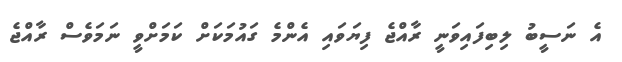
އެ ނަސީބު ލިބިފައިވަނީ ރާއްޖެ ފިޔަވައި އެންމެ ގައުމަކަށް ކަމަށްވީ ނަމަވެސް ރާއްޖެ